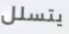
يتسلل